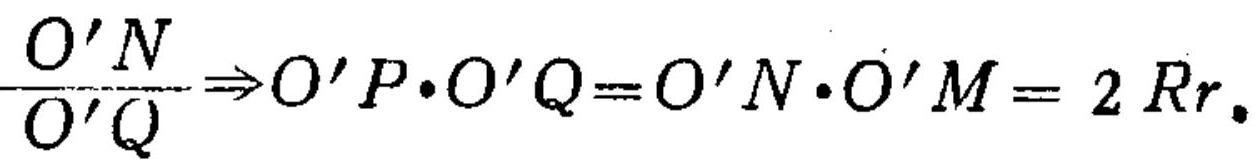
$\frac{O'N}{O'Q}\Rightarrow O'P\cdot O'Q = O'N\cdot O'M = 2Rr_{\bullet}$